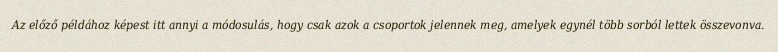
Az előző példához képest itt annyi a módosulás, hogy csak azok a csoportok jelennek meg, amelyek egynél több sorból lettek összevonva.